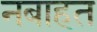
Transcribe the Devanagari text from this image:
नबाहत